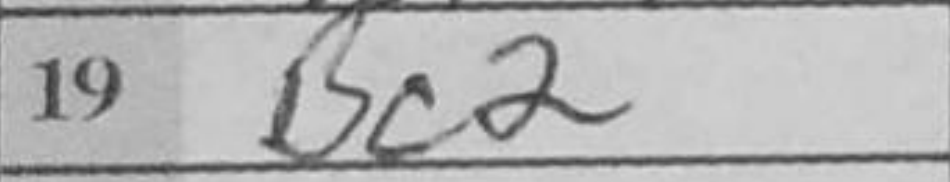
Transcription: Bc2